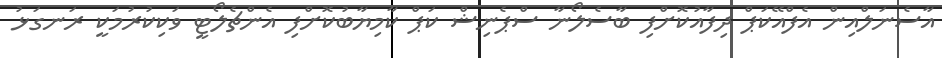
އާސެނަލްއިން އެފްއޭކަޕް ދިފާއުކޮށްފި ބާސެލޯނާ ސްޕެނިޝް ކަޕް ކާމިޔާބުކޮށްފި އެންޗެލޯޓީ ވަކިކުރުމަކީ ރަނގަޅު